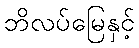
ဘိလပ်မြေနှင့်